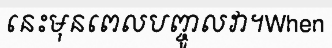
នេះមុនពេលបញ្ចូលវា។When